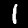
Label: 1